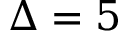
\Delta = 5